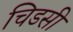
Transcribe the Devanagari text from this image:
चिडसी